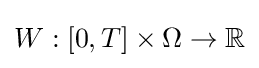
W:[0,T]\times \Omega \to \mathbb {R}